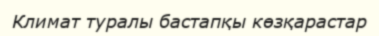
Климат туралы бастапқы көзқарастар